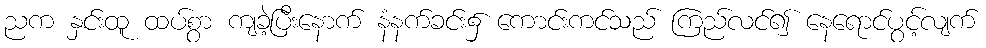
ညက နှင်းထူ ထပ်စွာ ကျခဲ့ပြီးနောက် နံနက်ခင်း၌ ကောင်းကင်သည် ကြည်လင်၍ နေရောင်ပွင့်လျက်